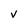
Character: V